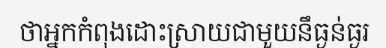
ថាអ្នកកំពុងដោះស្រាយជាមួយនឹធ្ងន់ធ្ងរ